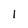
Character: I